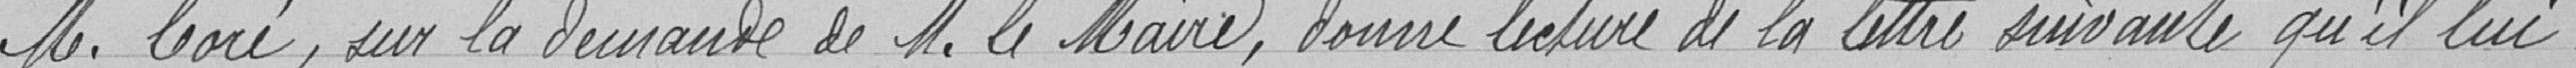
M. Coré, sur la demande de M. le Maire, donne lecture de la lettre suivante qu'il lui